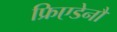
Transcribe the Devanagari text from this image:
फ्रिएडेनौ